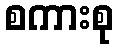
စကားစု